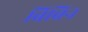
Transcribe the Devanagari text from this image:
बिबिन